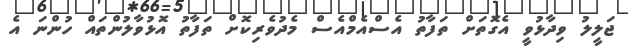
ޖަލީލު ވިދާޅުވީ އެގޮތަށް ތަފާތު އެސްއެމްއެސް މެދުވެރިކޮށް ތަފާތު އޮޅުވާލުންތައް ހުންނަ އެ